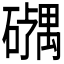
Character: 𪿹